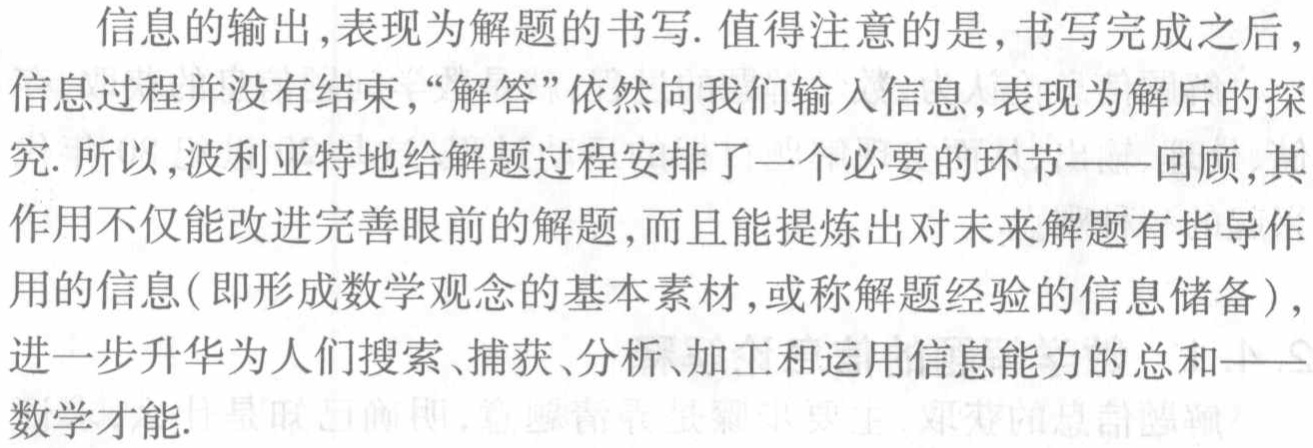
信息的输出,表现为解题的书写. 值得注意的是,书写完成之后,信息过程并没有结束,“解答”依然向我们输入信息,表现为解后的探究. 所以,波利亚特地给解题过程安排了一个必要的环节——回顾,其作用不仅能改进完善眼前的解题,而且能提炼出对未来解题有指导作用的信息(即形成数学观念的基本素材,或称解题经验的信息储备),进一步升华为人们搜索、捕获、分析、加工和运用信息能力的总和——数学才能.